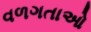
વળગતાઓ